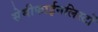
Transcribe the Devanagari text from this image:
सेमीफाईनलिस्टों